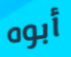
أبوه